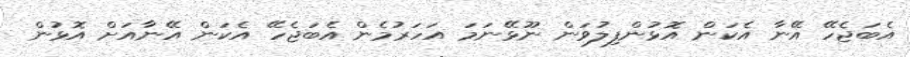
އެބަޖެހޭ އޭނާ އެކަން އޮޅުންފިލުވަން ނޫޅޭނަމަ އަހަރުމެން އެބަޖެހޭ އެކަން އޭނާއަށް އޮޅުން